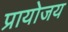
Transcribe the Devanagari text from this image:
प्रायोजय